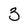
Character: 3